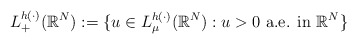
\begin{align*} L^{h(\cdot)}_{+}(\mathbb{R}^{N}):=\{ u \in L^{h(\cdot)}_{\mu}(\mathbb{R}^{N}): u>0 \mbox{ a.e. in } \mathbb{R}^{N} \} \end{align*}